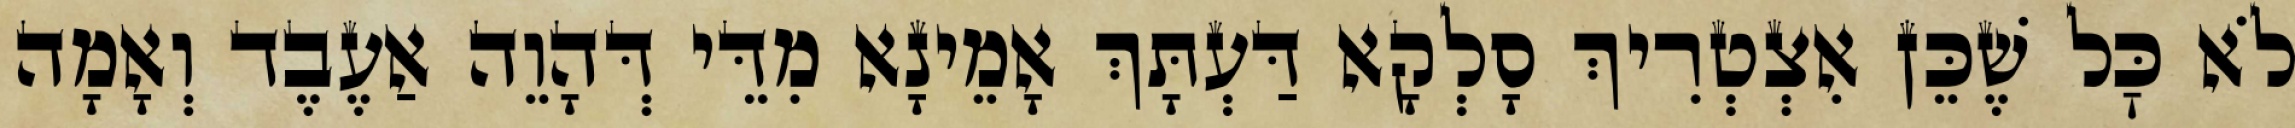
לֹא כׇּל שֶׁכֵּן אִצְטְרִיךְ סָלְקָא דַּעְתָּךְ אָמֵינָא מִדֵּי דְּהָוֵה אַעֶבֶד וְאָמָה